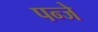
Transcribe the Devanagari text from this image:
पन्जे